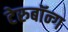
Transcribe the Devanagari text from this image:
टेरुबॉन्ग